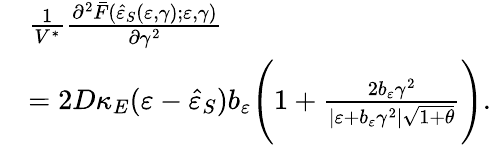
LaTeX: \begin{array}{rl}&{\frac{1}{V^{\ast}}\frac{\partial^{2}\bar{F}(\hat{\varepsilon}_{S}(\varepsilon,\gamma);\varepsilon,\gamma)}{\partial\gamma^{2}}}\\ &{=2D\kappa_{E}(\varepsilon-\hat{\varepsilon}_{S})b_{\varepsilon}\Bigg(1+\frac{2b_{\varepsilon}\gamma^{2}}{\vert\varepsilon+b_{\varepsilon}\gamma^{2}\vert\sqrt{1+\theta}}\Bigg).}\end{array}